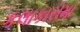
કલાકારોમા